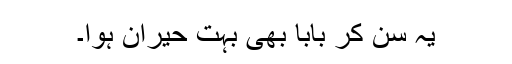
یہ سن کر بابا بھی بہت حیران ہوا۔